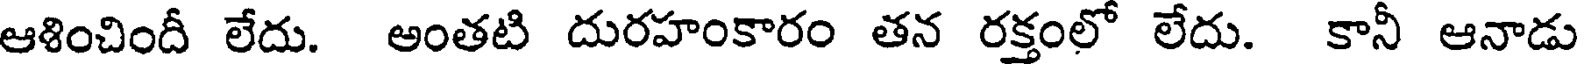
ఆళించిందీ లేదు. అంతటి దురహంకారం తన రక్తంలో లేదు. కానీ ఆనాడు